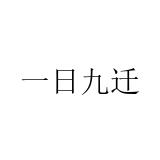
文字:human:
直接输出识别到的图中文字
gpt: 一日九迁